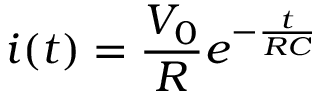
i ( t ) = \frac { V _ { 0 } } { R } e ^ { - \frac { t } { R C } }